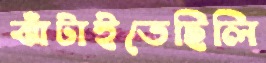
ঝাঁটাইতেছিলি